Insane asylums Bombay 1873-77 - 1873-1877
Year: 1873
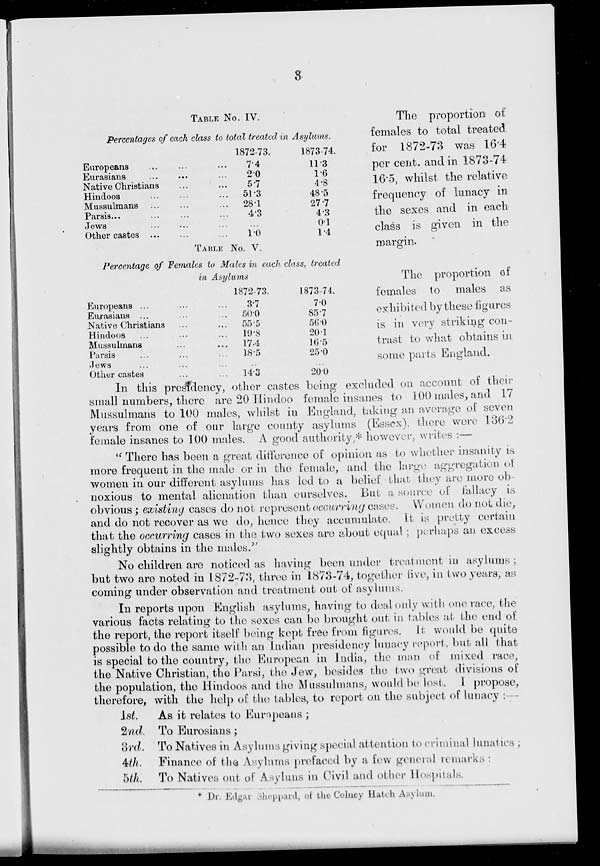
3
TABLE NO. IV.
Percentages of each class to total treated in Asylums.
Europeans ... ... ...
Eurasians ... ... ...
Native Christians ... ...
Hindoos ... ... ...
Mussulmans ... ... ...
Parsis ... ... ...
Jews ... ... ...
Other castes ... ... ...
1872-73.
7.4
2.0
5.7
51.3
28.1
4.3
...
1.0
1873-74.
11.3
1.6
4.8
48.5
27.7
4.3
0.1
1.4
The proportion of
females to total treated
for 1872-73 was 16.4
per cent. and in 1873-74
16.5, whilst the relative
frequency of lunacy in
the sexes and in each
class is given in the
margin.
TABLE NO. V.
Percentage of Females to Males in each class, treated
in Asylums
Europeans ... ... ...
Eurasians ... ... ...
Native Christians ... ...
Hindoos ... ... ...
Mussulmans ... ... ...
Parsis ... ... ...
Jews ... ... ...
Other castes ... ...
1872-73.
3.7
50.0
55.5
19.5
17.4
18.5
..
14.3
1873-74.
7.0
85.7
56.0
20.1
16.5
25.0
...
20.0
The proportion of
females to males as
exhibited by these figures
is in very striking con-
trast to what obtains in
some parts England.
In this presidency, other castes being excluded on account of their
small numbers, there are 20 Hindoo female insanes to 100 males, and 17
Mussulmans to 100 males, whilst in England, taking an average of seven
years from one of our large county asylums (Essex), there were 136.2
female insanes to 100 males. A good authority,* however, writes :—
" There has been a great difference of opinion as to whether insanity is
more frequent in the male or in the female, and the large aggregation of
women in our different asylums has led to a belief that they are more oh
noxious to mental alienation than ourselves. But a source of fallacy is
obvious ; existing cases do not represent occurring cases. Women do not die,
and do not recover as we do, hence they accumulate. It is pretty certain
that the occurring cases in the two sexes are about equal ; perhaps an excess
slightly obtains in the males."
No children are noticed as having been under treatment in asylums ;
but two are noted in 1872-73, three in 1873-74, together five, in two years, as
coming under observation and treatment out of asylums.
In reports upon English asylums, having to deal only with one race, the
various facts relating to the sexes can be brought out in tables at the end of
the report, the report itself being kept free from figures. It would be quite
possible to do the same with an Indian presidency lunacy report, but alt that
is special to the country, the European in India, the man of mixed race,
the Native Christian, the Parsi, the Jew, besides the two great divisions of
the population, the Hindoos and the Mussulmans, would be lost. I propose,
therefore, with the help of the tables, to report on the subject of lunacy :—
1st.
2nd.
3rd.
4th.
5th.
As it relates to Europeans ;
To Eurasians ;
To Natives in Asylums giving special attention to criminal lunatics ,
Finance of the Asylums prefaced by a few general remarks :
To Natives out of Asyluns in Civil and other Hospitals.
* Dr. Edgar oheppard, of the colney Hateh Aaylum.